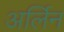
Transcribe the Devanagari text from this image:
अर्लिन